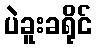
ပဲခူးခရိုင်